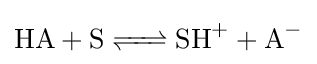
{\ce {HA + S <=> SH+ + A-}}